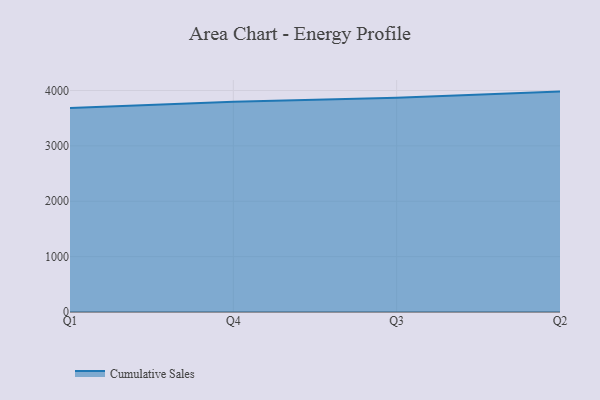
{"axis": {"x": "Quarter", "y": "Website Visitors"}, "legend": ["Cumulative Sales"], "data": [{"x": "Q1", "y": 3682.6, "type": "Cumulative Sales"}, {"x": "Q4", "y": 3798.1, "type": "Cumulative Sales"}, {"x": "Q3", "y": 3870.7, "type": "Cumulative Sales"}, {"x": "Q2", "y": 3980.6, "type": "Cumulative Sales"}]}